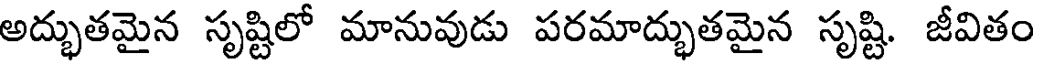
అద్భుతమైన సృష్టిలో మానువుడు పరమాద్భుతమైన సృష్టి. జీవితం